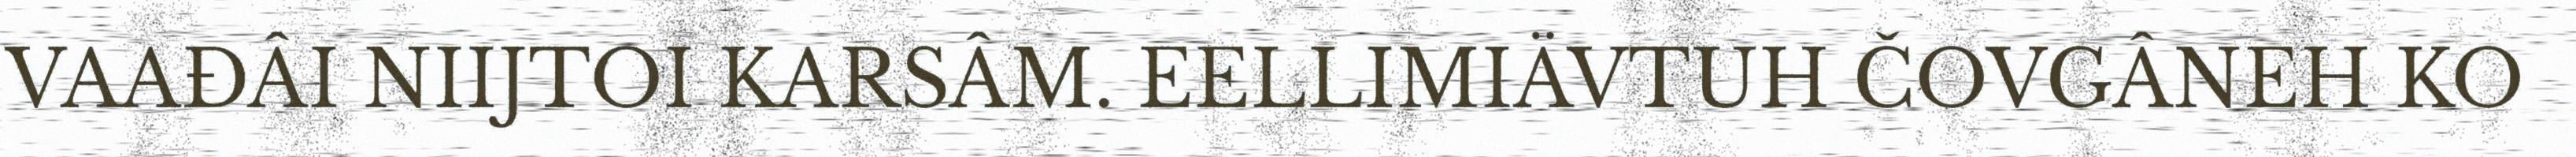
VAAĐÂI NIIJTOI KARSÂM. EELLIMIÄVTUH ČOVGÂNEH KO